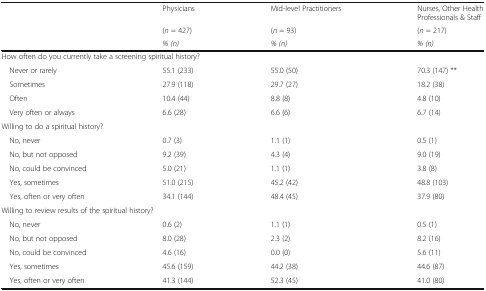
| <ROWSPAN=3>  | Physicians | Mid-level Practitioners | Nurses, Other Health Professionals & Staff |
 | (n = 427) | (n = 93) | (n = 217) |
 | % (n) | % (n) | % (n) |
 | --- | --- | --- | --- |
 | <COLSPAN=4> How often do you currently take a screening spiritual history? |
 | Never or rarely | 55.1 (233) | 55.0 (50) | 70.3 (147) ** |
 | Sometimes | 27.9 (118) | 29.7 (27) | 18.2 (38) |
 | Often | 10.4 (44) | 8.8 (8) | 4.8 (10) |
 | Very often or always | 6.6 (28) | 6.6 (6) | 6.7 (14) |
 | <COLSPAN=4> Willing to do a spiritual history? |
 | No, never | 0.7 (3) | 1.1 (1) | 0.5 (1) |
 | No, but not opposed | 9.2 (39) | 4.3 (4) | 9.0 (19) |
 | No, could be convinced | 5.0 (21) | 1.1 (1) | 3.8 (8) |
 | Yes, sometimes | 51.0 (215) | 45.2 (42) | 48.8 (103) |
 | Yes, often or very often | 34.1 (144) | 48.4 (45) | 37.9 (80) |
 | <COLSPAN=4> Willing to review results of the spiritual history? |
 | No, never | 0.6 (2) | 1.1 (1) | 0.5 (1) |
 | No, but not opposed | 8.0 (28) | 2.3 (2) | 8.2 (16) |
 | No, could be convinced | 4.6 (16) | 0.0 (0) | 5.6 (11) |
 | Yes, sometimes | 45.6 (159) | 44.2 (38) | 44.6 (87) |
 | Yes, often or very often | 41.3 (144) | 52.3 (45) | 41.0 (80) |